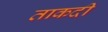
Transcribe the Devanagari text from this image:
ताकदी